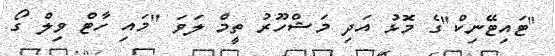
"ޓައިޓޭނިކް"ގެ މޮޅު އަދި މަޝްހޫރު ތީމް ލަވަ "މައި ހާޓް ވިލް ގޯ